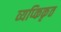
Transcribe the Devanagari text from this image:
व्यप्किकृत